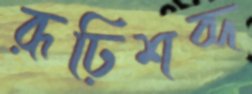
রূঢ়িশব্দ